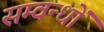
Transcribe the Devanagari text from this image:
सम्वन्धों